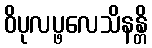
ဝိပုလပ္ဖလေသိနန္တိ